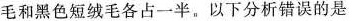
毛和黑色短绒毛各占一半。以下分析错误的是